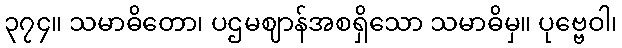
၃၇၄။ သမာဓိတော၊ ပဌမဈာန်အစရှိသော သမာဓိမှ။ ပုဗ္ဗေဝါ၊